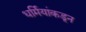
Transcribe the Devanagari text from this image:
धर्मियांकडून